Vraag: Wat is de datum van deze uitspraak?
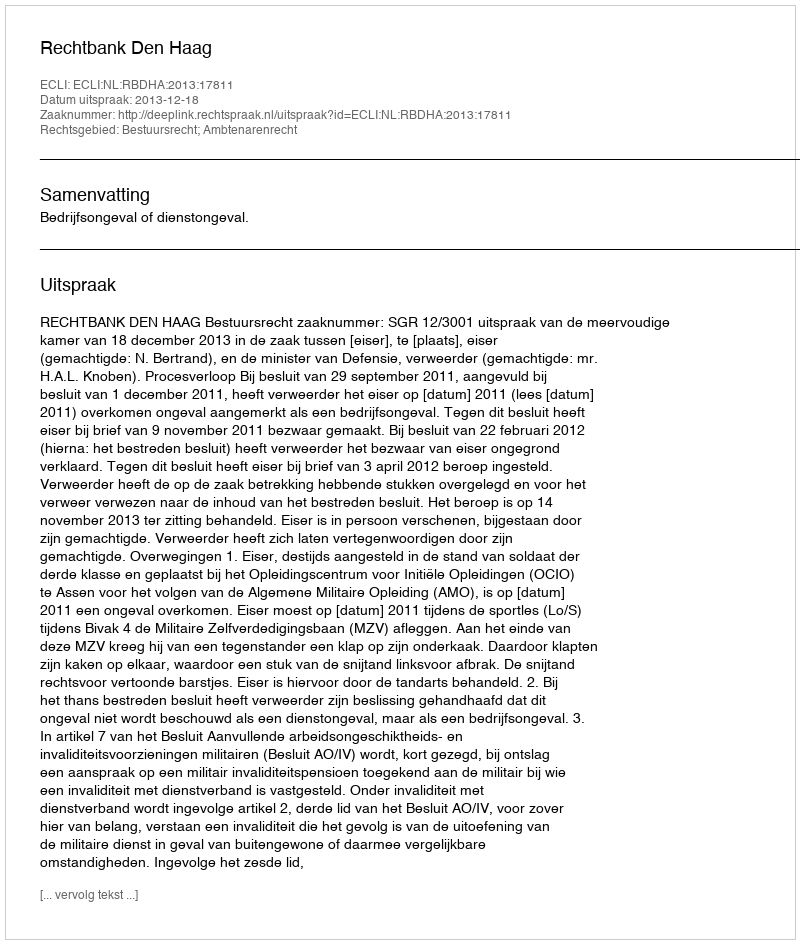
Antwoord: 2013-12-18